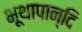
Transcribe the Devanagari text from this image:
भूथापान्दि